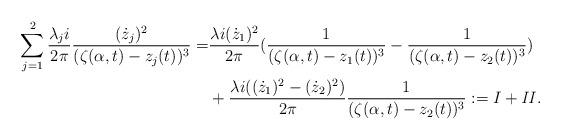
LaTeX: \begin{align*}\sum_{j=1}^2 \frac{\lambda_j i}{2\pi}\frac{(\dot{z}_j)^2}{(\zeta(\alpha,t)-z_j(t))^3}=&\frac{\lambda i (\dot{z}_1)^2}{2\pi}(\frac{1}{(\zeta(\alpha,t)-z_1(t))^3}-\frac{1}{(\zeta(\alpha,t)-z_2(t))^3})\\&+\frac{\lambda i ((\dot{z}_1)^2-(\dot{z}_2)^2)}{2\pi}\frac{1}{(\zeta(\alpha,t)-z_2(t))^3}:=I+\it{II}.\end{align*}